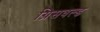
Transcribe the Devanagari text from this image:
ग्रिसवल्ड